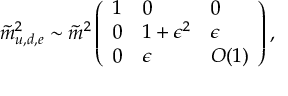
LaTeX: R ( s ) = \frac { \sigma ( e ^ { + } e ^ { + } \rightarrow h a d r o n s ) } { \sigma ( e ^ { + } e ^ { - } \rightarrow \mu ^ { + } \mu ^ { - } ) } ~ ,